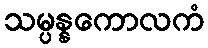
သမ္ပန္နကောလကံ